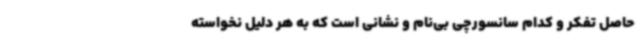
حاصل تفکر و کدام سانسورچی بی‌نام و نشانی است که به هر دلیل نخواسته